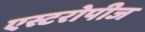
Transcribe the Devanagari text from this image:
एस्टरोपीज